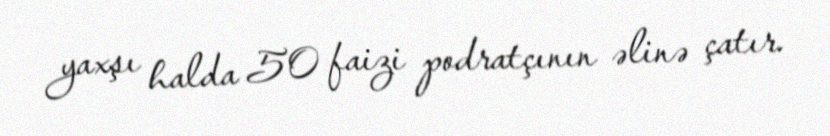
yaxşı halda 50 faizi podratçının əlinə çatır.